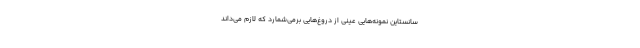
سانستاین نمونه‌هایی عینی از دروغ‌‌هایی بر‌می‌شمارد که لازم می‌داند